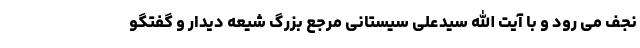
نجف می رود و با آیت الله سیدعلی سیستانی مرجع بزرگ شیعه دیدار و گفتگو